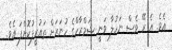
އެވެ. އެ ރޭ ވެސް ނަހުލާ ވަނީ ޝަމްރާހްގެ ހުނަރަށް ތައުރީފުކޮށްފަ އެވެ.